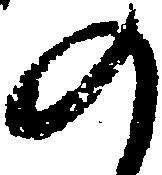
の